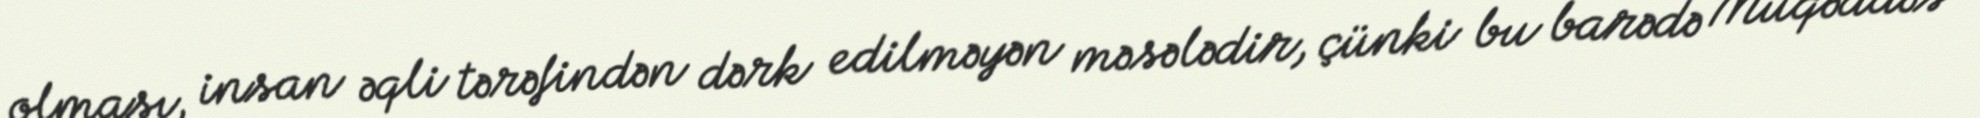
olması, insan əqli tərəfindən dərk edilməyən məsələdir, çünki bu barədə Müqəddəs